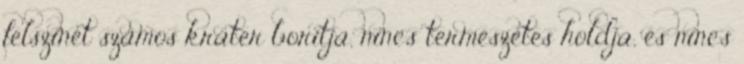
felszínét számos kráter borítja, nincs természetes holdja, és nincs